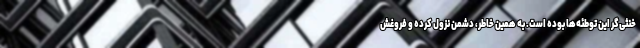
خنثی‌گر این توطئه‌ها بوده است. به همین خاطر، دشمن نزول کرده و فروغش